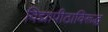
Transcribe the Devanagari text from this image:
विद्यापीठाविरूद्ध